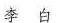
李白